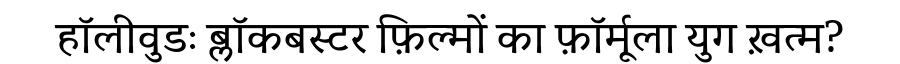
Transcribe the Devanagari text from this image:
हॉलीवुडः ब्लॉकबस्टर फ़िल्मों का फ़ॉर्मूला युग ख़त्म?